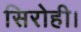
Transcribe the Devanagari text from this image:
सिरोही।